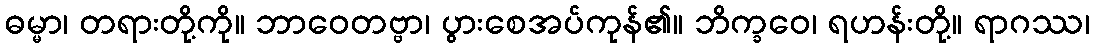
ဓမ္မာ၊ တရားတို့ကို။ ဘာဝေတဗ္ဗာ၊ ပွားစေအပ်ကုန်၏။ ဘိက္ခဝေ၊ ရဟန်းတို့။ ရာဂဿ၊